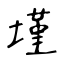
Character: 墐